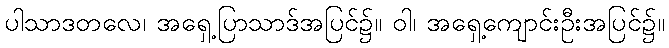
ပါသာဒတလေ၊ အရှေ့ပြာသာဒ်အပြင်၌။ ဝါ၊ အရှေ့ကျောင်းဦးအပြင်၌။